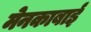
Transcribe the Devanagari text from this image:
मेनकाबाई